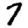
Digit: 7